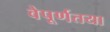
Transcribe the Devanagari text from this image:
वेपूर्णतया